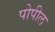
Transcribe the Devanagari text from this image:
पोपील